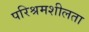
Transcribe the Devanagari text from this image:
परिश्रमशीलता